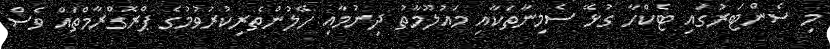
މި ސެންޓަރުގައި ޓެކްހާ ގުޅޭ ސެމިނާތަކާއި މައުލޫމާތު ދިނުމާއި ހޭލުންތެރިކުރުވުމުގެ ޕްރޮގްރާމްތައް ވެސް